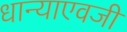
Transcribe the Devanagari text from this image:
धान्याएवजी